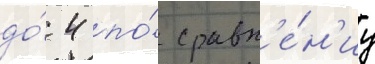
до́ 4 по́ сравн'е́н'иу